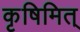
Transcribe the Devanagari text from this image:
कृषिमित्